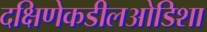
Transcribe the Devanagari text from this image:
दक्षिणेकडीलओडिशा